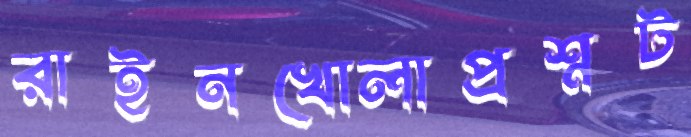
রাইনখোলাপ্রশ্নট